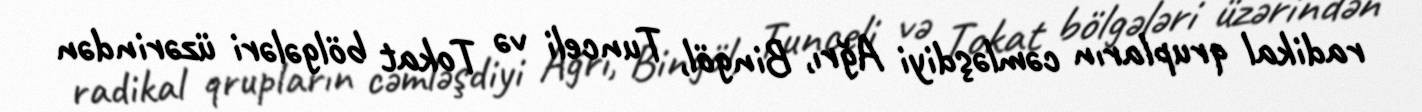
radikal qrupların cəmləşdiyi Ağrı, Bingöl, Tunceli və Tokat bölgələri üzərindən